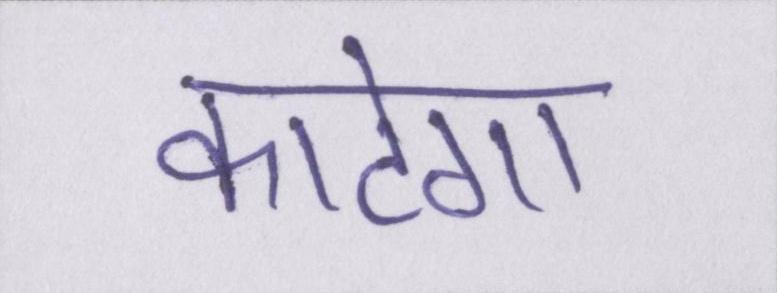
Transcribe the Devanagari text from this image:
काटेगा